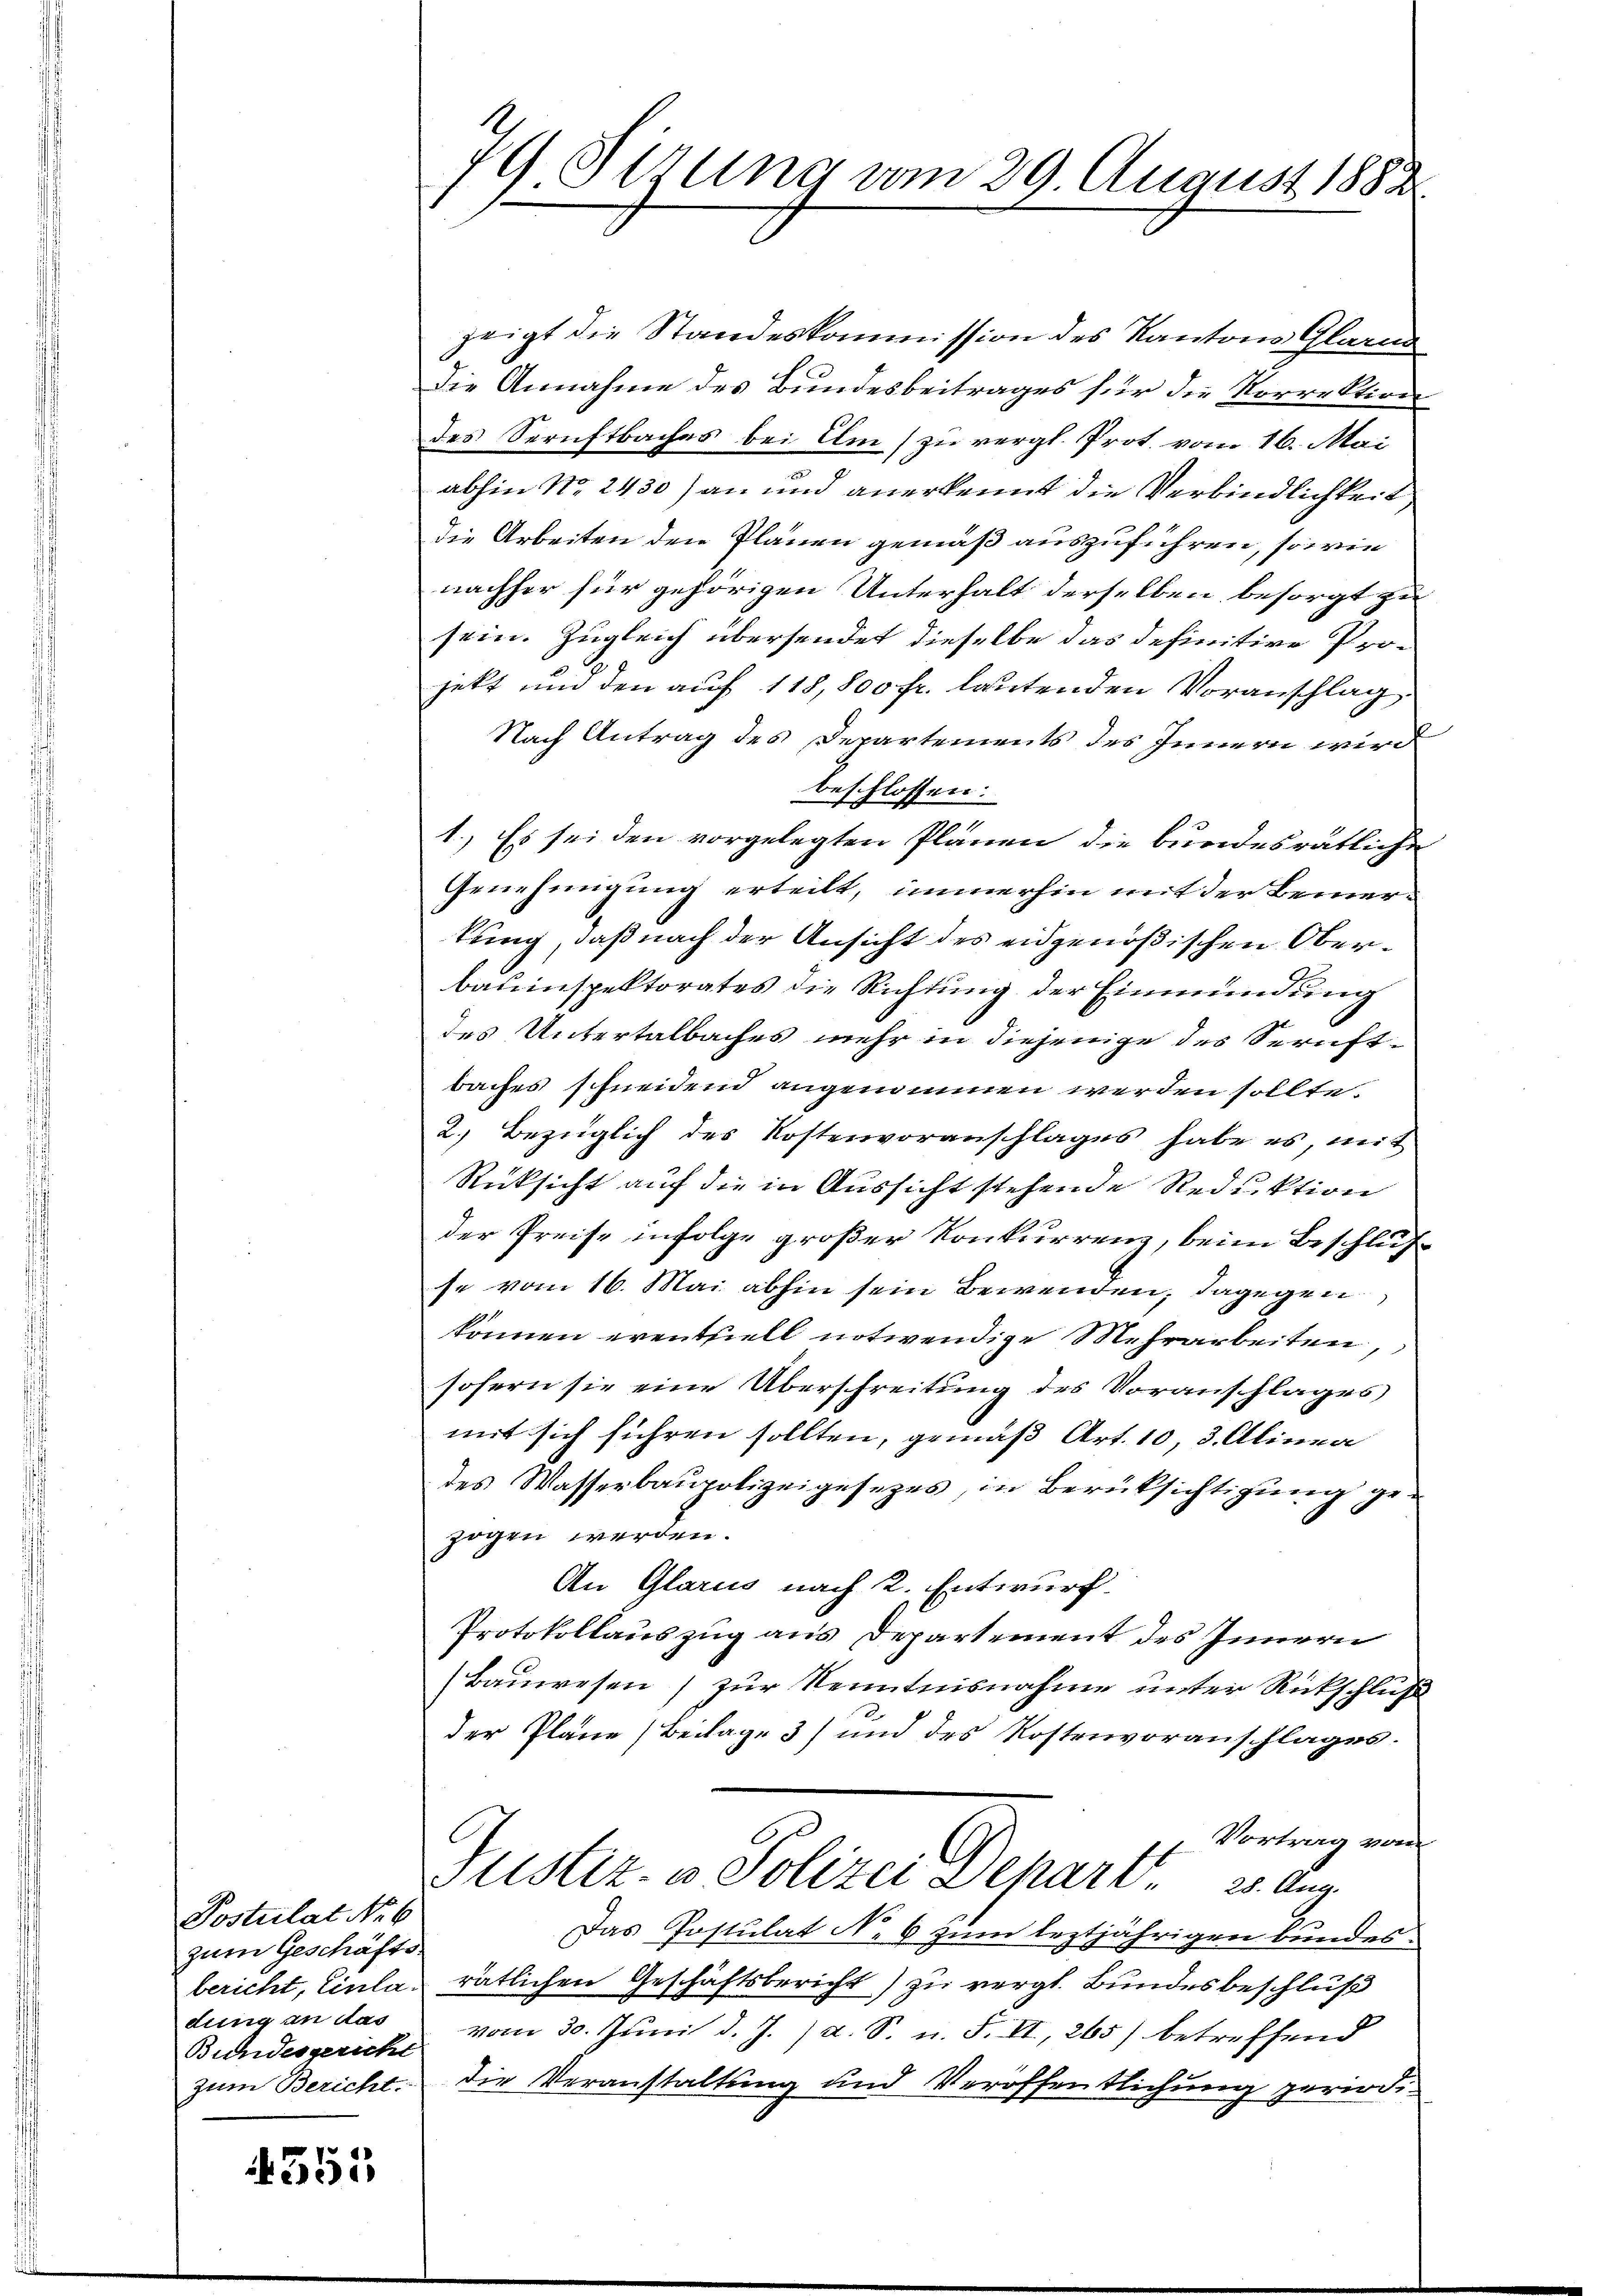
Postulat No 6
zum Geschäftsbericht, Einladung an das
Bundesgericht
zum Bericht.

4355

79 Sezung vom 29 August 1882

zeigt die Standeskommission des Kantons Glarus
Die Annahme des Bundesbeitrages für die Korrektion
des Seruftbaches bei Um (zu vergl. Prot. vom 16. Mai
abhin No. 2430) an und anerkennt die Verbindlichkeit
die Arbeiten den Plänen gemäß auszuführen, sowie
nachher für gehörigen Unterhalt derselben besorgt zu
sein. Zugleich übersendet dieselbe das definitive Pro-
jekt und den auf 118,800 fr. lautenden Voranschlag
Nach Antrag des Departements des Innern wird
beschlossen:
1
1.) Es sei den vorgelegten Plänen die bundesrätliche
Genehmigung erteilt, immerhin mit der Bemerkung, daß nach der Ansicht des eidgenößischen Oberbauinspektorates die Richtung der Einmündung
des Untertalbaches mehr in diejenige des Spruftbaches schneidend angenommen werden sollte.
2.) Bezüglich des Kostenvoranschlages habe es, mit
Rücksicht auf die in Aussicht stehende Reduktion
der Preise infolge großer Konkurrenz, beim Beschluß
se vom 16. Mai abhin sein Bewenden; dagegen
können eventziell notwendige Mehrarbeiten,
sofern sie eine Überschreitung des Voranschlages
mit sich führen sollten, gemäß Art. 10, 3. Alinea
des Wasserbaupolizeigesezes, in Berüksichtigung gezogen werden.
An Glarus nach 2. Entwurf.
Protokollauszug aus Departement des Innern
(Bauwesen) zur Kenntnisnahme unter Rückschluß
der Plane (Beilage 3) und des Kostenvoranschlages.
Vortrag vom
Justiz- & Polizei Depart. 23. Aug.
Das Postulat No 6 zum leztjährigen bundes.
rätlichen Geschäftsbericht) zu vergl. Bundesbeschluß
vom 30. Juni d. J. /d. S. n. F. VI, 265) betreffend
die Veranstaltung und Veröffentlichung periodi¬